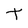
Character: t